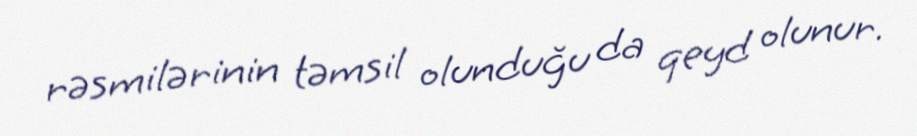
rəsmilərinin təmsil olunduğu da qeyd olunur.